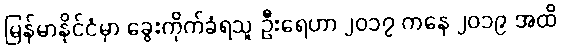
မြန်မာနိုင်ငံမှာ ခွေးကိုက်ခံရသူ ဦးရေဟာ ၂၀၁၇ ကနေ ၂၀၁၉ အထိ